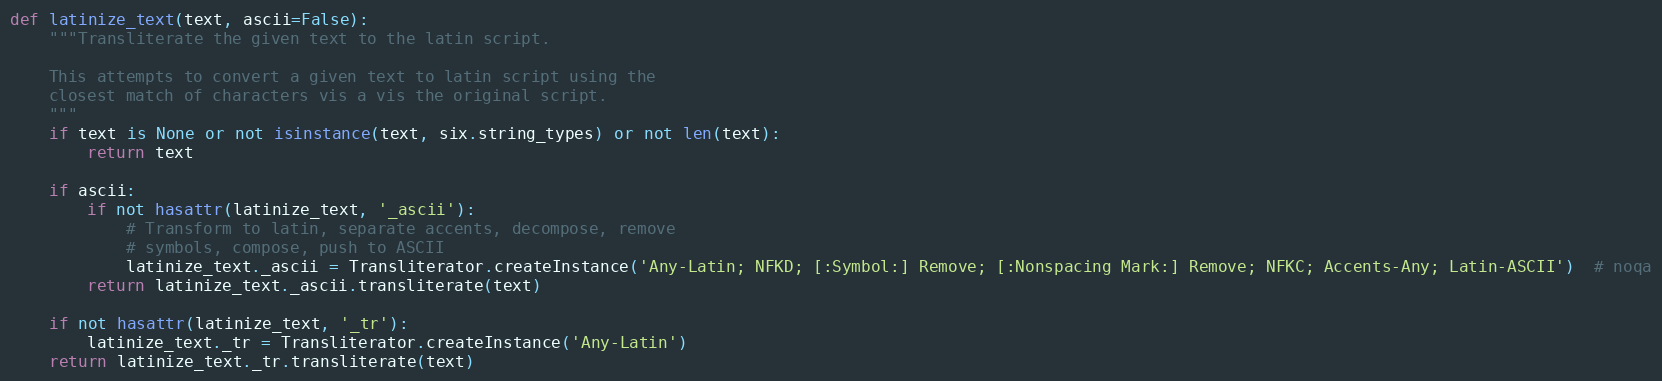
Language: Python
def latinize_text(text, ascii=False):
    """Transliterate the given text to the latin script.

    This attempts to convert a given text to latin script using the
    closest match of characters vis a vis the original script.
    """
    if text is None or not isinstance(text, six.string_types) or not len(text):
        return text

    if ascii:
        if not hasattr(latinize_text, '_ascii'):
            # Transform to latin, separate accents, decompose, remove
            # symbols, compose, push to ASCII
            latinize_text._ascii = Transliterator.createInstance('Any-Latin; NFKD; [:Symbol:] Remove; [:Nonspacing Mark:] Remove; NFKC; Accents-Any; Latin-ASCII')  # noqa
        return latinize_text._ascii.transliterate(text)

    if not hasattr(latinize_text, '_tr'):
        latinize_text._tr = Transliterator.createInstance('Any-Latin')
    return latinize_text._tr.transliterate(text)